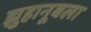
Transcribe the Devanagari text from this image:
झुहानूबला